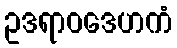
ဥဒရာဝဒေဟကံ